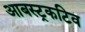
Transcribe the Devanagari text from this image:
आबस्ट्रकटिव